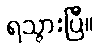
ရသွားပြီ။